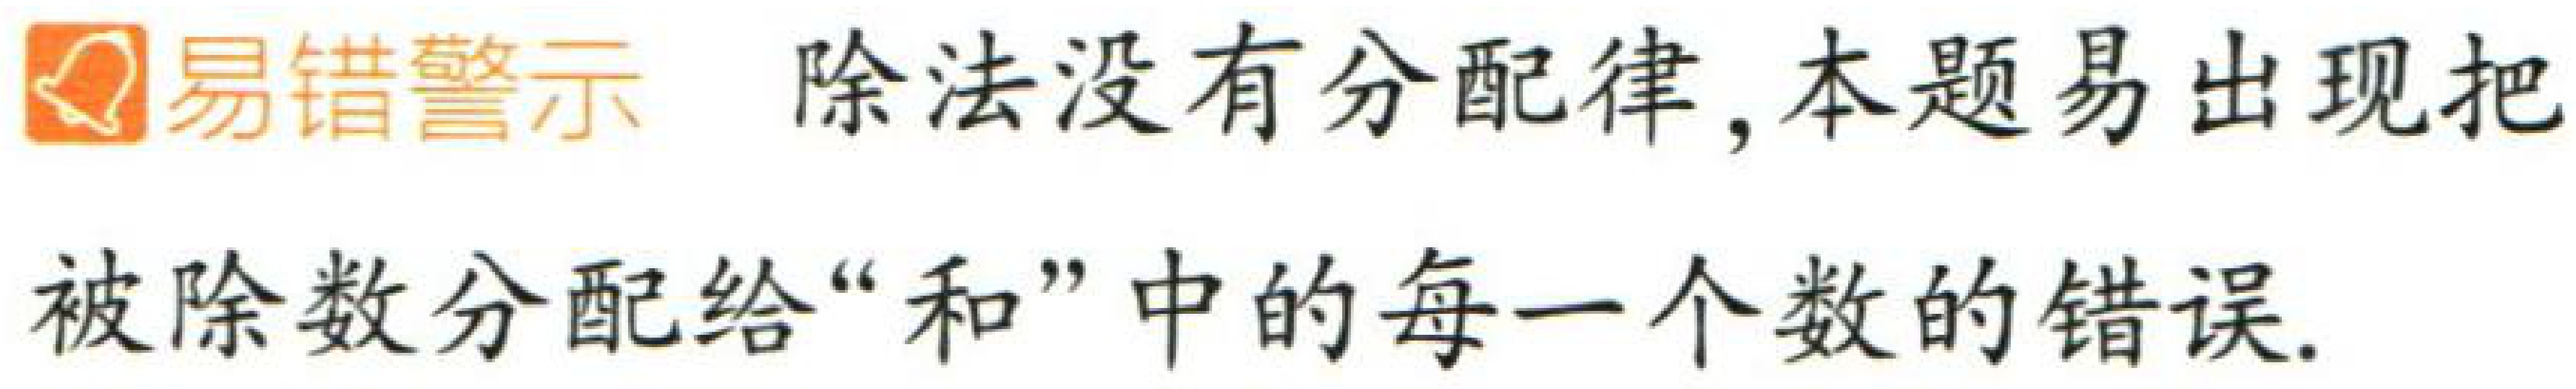
易错警示 除法没有分配律, 本题易出现把被除数分配给 “和” 中的每一个数的错误.